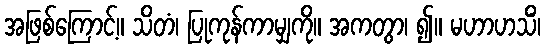
အဖြစ်ကြောင့်။ သိတံ၊ ပြုကုန်ကာမျှကို။ အကတွာ၊ ၍။ မဟာဟသိံ၊